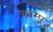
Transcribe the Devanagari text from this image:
काम्पू